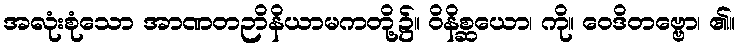
အလုံးစုံသော အာဏတဉာိနိယာမကတို့၌။ ဝိနိစ္ဆယော၊ ကို။ ဝေဒိတဗ္ဗော၊ ၏။